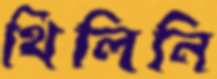
থিলিনি